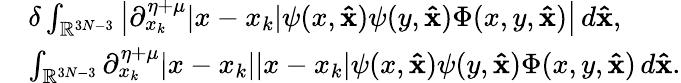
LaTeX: \begin{array}{rl}&{\delta\int_{\mathbb{R}^{3N-3}}\big|\partial_{x_{k}}^{\eta+\mu}|x-x_{k}|\psi(x,\mathbf{\hat{x}})\psi(y,\mathbf{\hat{x}})\Phi(x,y,\mathbf{\hat{x}})\big|\, d\mathbf{\hat{x}},}\\ &{\int_{\mathbb{R}^{3N-3}}\partial_{x_{k}}^{\eta+\mu}|x-x_{k}||x-x_{k}|\psi(x,\mathbf{\hat{x}})\psi(y,\mathbf{\hat{x}})\Phi(x,y,\mathbf{\hat{x}})\, d\mathbf{\hat{x}}.}\end{array}